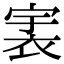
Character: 𧙶